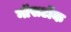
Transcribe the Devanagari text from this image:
नॉसटॉक